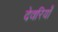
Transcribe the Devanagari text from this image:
देवरियाँ